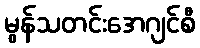
မွန်သတင်းအေဂျင်စီ